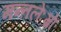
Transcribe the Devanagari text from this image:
मन्तलेःम्रों